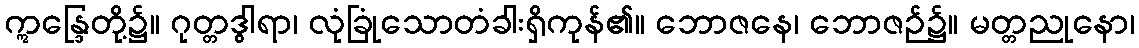
ဣန္ဒြေတို့၌။ ဂုတ္တဒွါရာ၊ လုံခြုံသောတံခါးရှိကုန်၏။ ဘောဇနေ၊ ဘောဇဉ်၌။ မတ္တညုနော၊